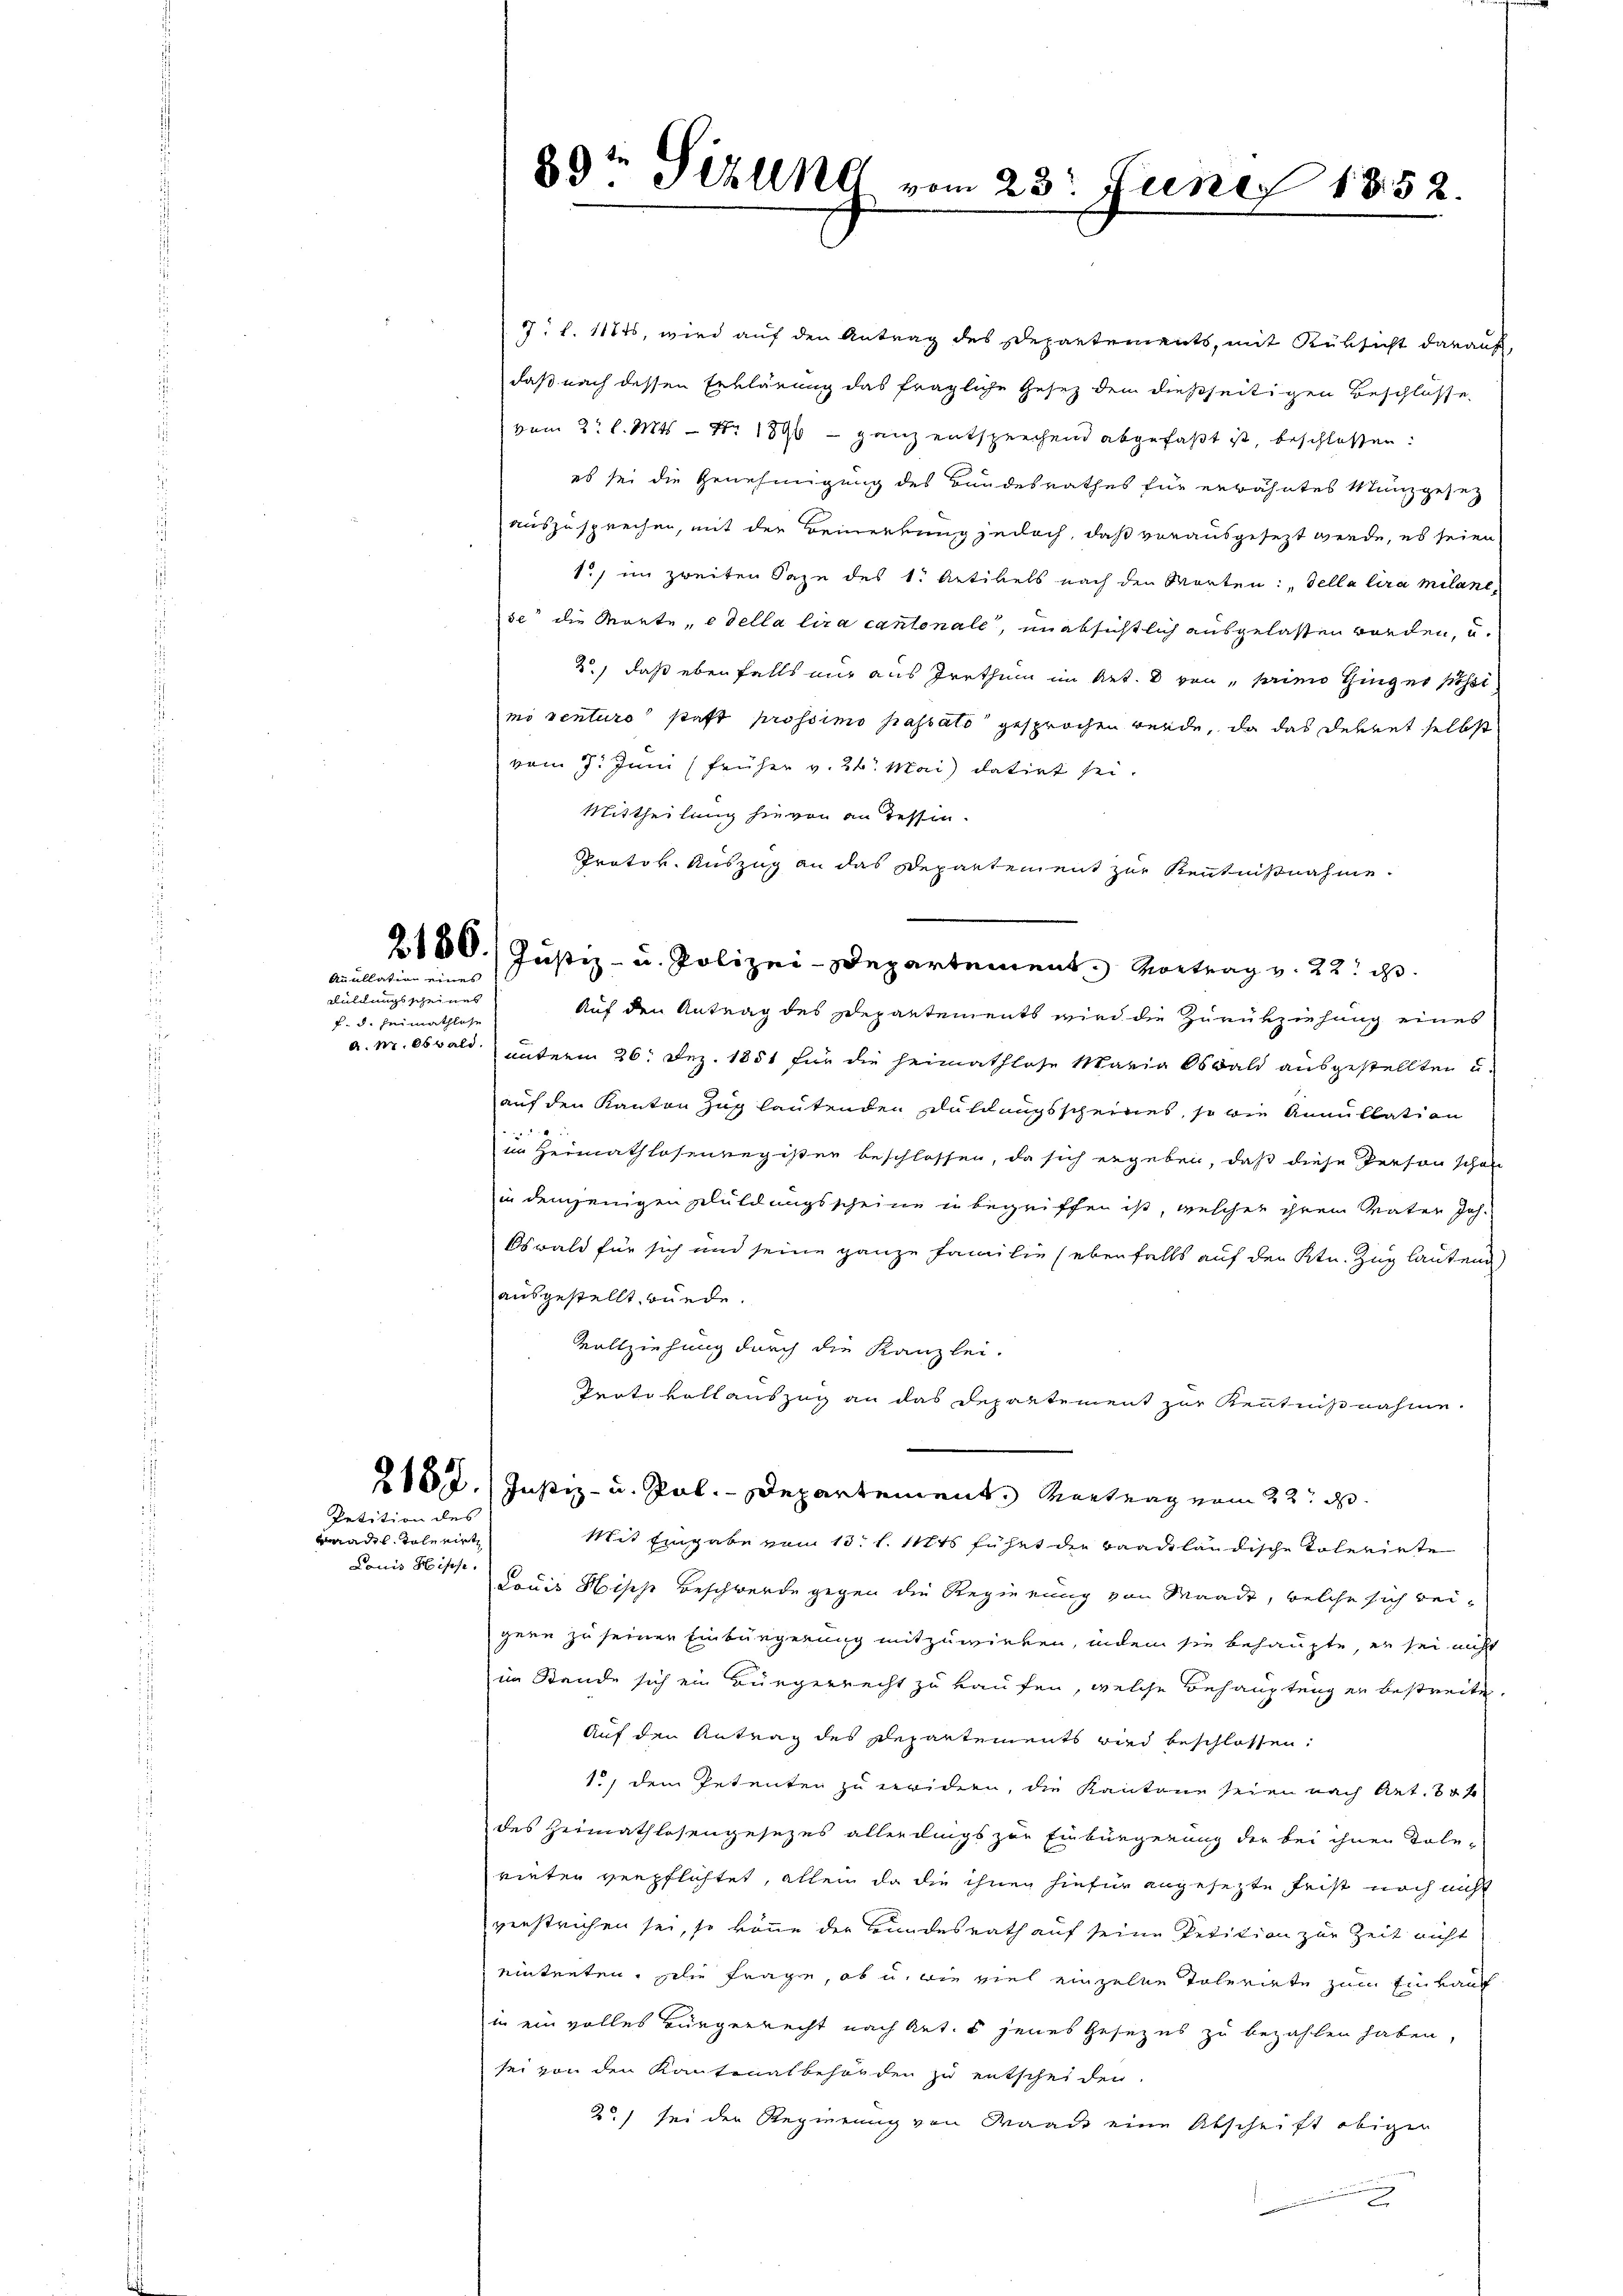
Auellation eines

Füllungsgegen einen
d. d. den

Petition des

adel, Tolerirt
Louis Hische

7. l. 1114, wird auf den Antrag des Departements, mit Rüksicht darauf,
daß nach dessen Erklärung das fragliche Gesetz dem dießseitigen Beschlüsse
vom 2. l. Mts. - Nr. 1896 – ganz entsprechend abgefaßt ist, beschlossen:
es sei die Genehmigung des Bundesrathes für erwähntes Münzgesez
auszusprechen, mit der Bemerkung jedoch, daß vorausgesezt werde, es seien
1., im zweiten Sage des 1. Artikels nach den Worten: „della lira Milane
se die Marte, edella lira cantenale, unabsichtlich ausgelasten worden, u.
2) daß ebenfalls nur aus Irrthum im Art. 8 von „primo Ginger Pössi
mi venturo statt prossimo passato gesprochen werde, da das Dekret selbst
vom 7. Juni (früher v. 24. Mai datirt sei.
Mittheilung hievon an Tessin.
Protov. Auszug an das Departement zur Kenntnißnahme.
2150. Justiz- u. Polizei-Departement. Vortrag v. 22. d.
Auf den Antrag des Departements wird die Zurückziehung eines
a. pr. Oswald unterm 26. Dez. 1851 für die Heimathlose Maria Oswald ausgestellten u.
auf den Kanton Zug lautenden Duldungsscheines, so wie Annullation
im Heimathlosenregister beschlossen, da sich ergeben, daß diese Person schon
in demjenigen Kluldungsscheine in begriffen ist, welcher ihrem Vater Joh.
Oswald für sich und seine ganze Familie (ebenfalls auf den Ktn. Zug lautend
ausgestellt würde.
Vollziehung durch die Kanzlei-
Protokollauszug an das Departement zur Kenntnißnahme.
182. Justiz- u. Pal. - Departement. Vortrag vom 22. d.
Mit Eingabe vom 13. l. Mts führt der baadtländische Toleriete
Louis Hisch Beschwerde gegen die Regierung von Waadt, welche sich beigern zu seiner Einbürgerung mitzuwirken, indem sie behaupte, er sei nicht
im Stande sich ein Bürgerrecht zu kaufen, welche Behauptung er bestreite.
Auf den Antrag des Departements wird beschlossen:
1, dem Petenten zu weidern, die Kantone seien nach Art. 30 f
des Heimathlosengesezes allerdings zur Einbürgerung der bei ihnen Tole-
rieten verpflichtet, allein da die ihnen hiefür angesezte Frist noch nicht
verstrichen sei, so könne der Bundesrath auf seine Petition zur Zeit nicht
eintreten. Die frage, ob u. wie viel einzelne Toleriete zum Einkauf
in ein volles Bürgerrecht nach Art. 5 jenes Gesezes zu bezahlen haben,
sei von den Kantonalbehörden zu entscheiden.
2) sei der Regierung von Waade eine Abschrift obiger

29ten Perlkl vom 23. Juni 1852.